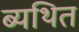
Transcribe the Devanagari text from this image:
ब्यथित